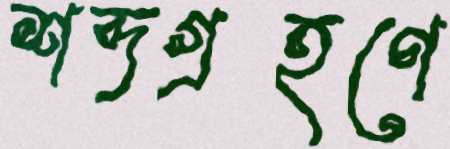
শব্দগ্রহণে